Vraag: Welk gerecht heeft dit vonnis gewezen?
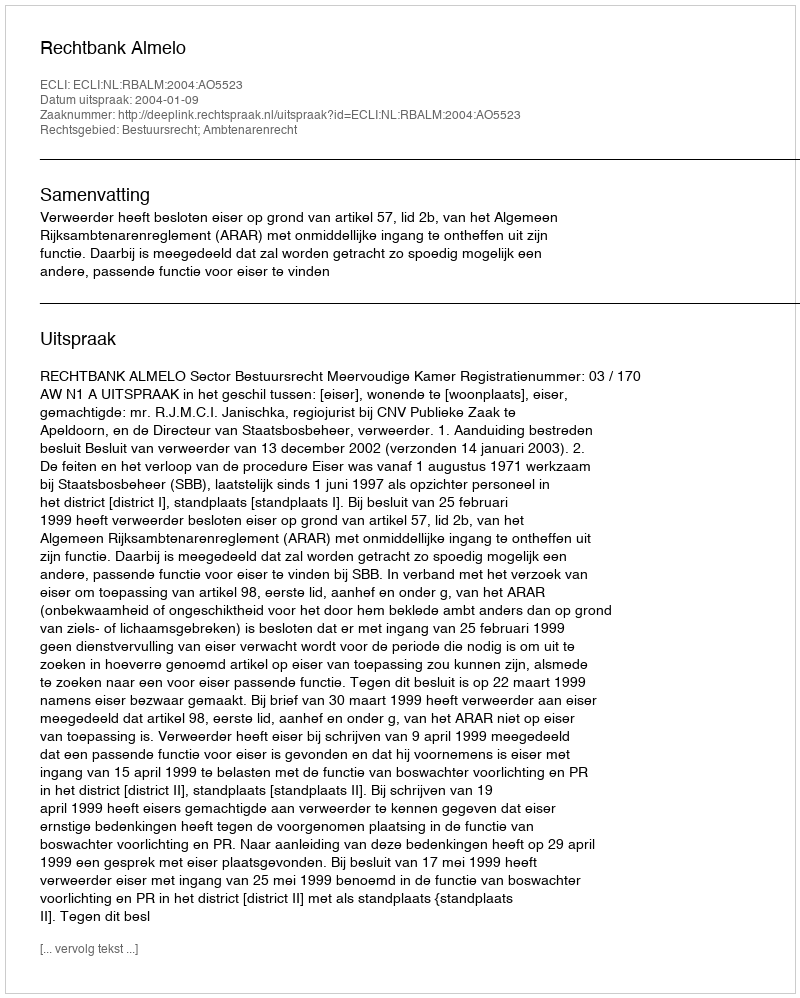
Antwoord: Rechtbank Almelo